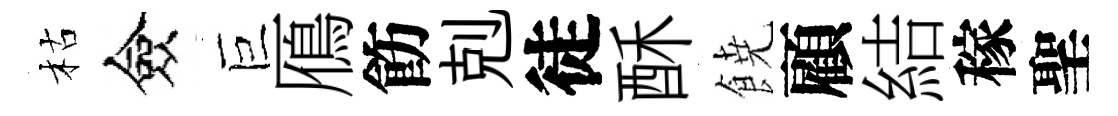
枯僉巨鴈飭剋徒酥𩜙顧結稼聖